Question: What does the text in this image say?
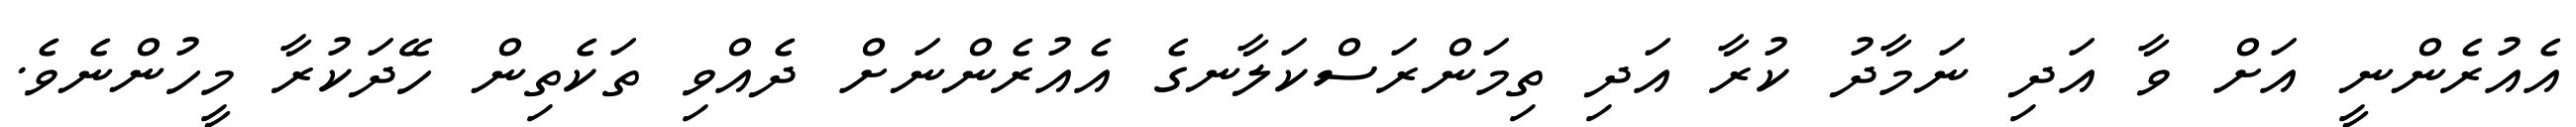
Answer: އެއުރެންނީ އަށް ވާ އަދި ނަމާދު ކުރާ އަދި ތިމަންރަސްކަލާނގެ އެއުރެންނަށް ދެއްވި ތަކެތިން ހޭދަކުރާ މީހުންނެވެ.